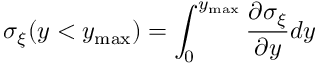
\sigma _ { \xi } ( y < y _ { \operatorname * { m a x } } ) = \int _ { 0 } ^ { y _ { \operatorname * { m a x } } } \frac { \partial \sigma _ { \xi } } { \partial y } d y